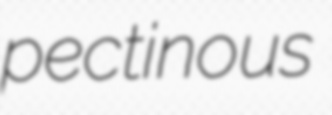
pectinous